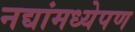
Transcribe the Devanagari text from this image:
नद्यांमध्येपण